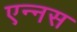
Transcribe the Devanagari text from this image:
एन्नस